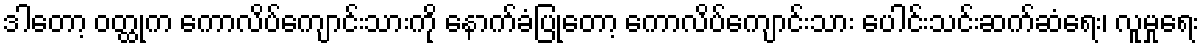
ဒါတော့ ဝတ္ထုက ကောလိပ်ကျောင်းသားကို နောက်ခံပြုတော့ ကောလိပ်ကျောင်းသား ပေါင်းသင်းဆက်ဆံရေး၊ လူမှုရေး